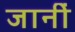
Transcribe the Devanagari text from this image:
जानीं